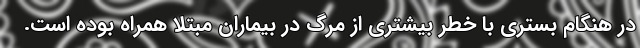
در هنگام بستری با خطر بیشتری از مرگ در بیماران مبتلا همراه بوده است.